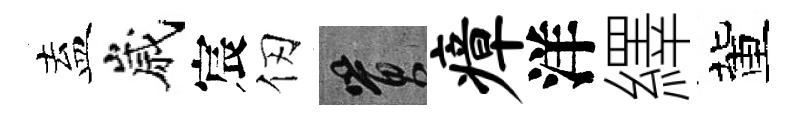
盍嵗宸仞篔瘴洋繹董